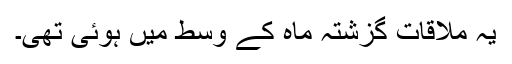
یہ ملاقات گزشتہ ماہ کے وسط میں ہوئی تھی۔